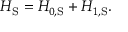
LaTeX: H _ { \mathrm { S } } = H _ { 0 , { \mathrm { S } } } + H _ { 1 , { \mathrm { S } } } .